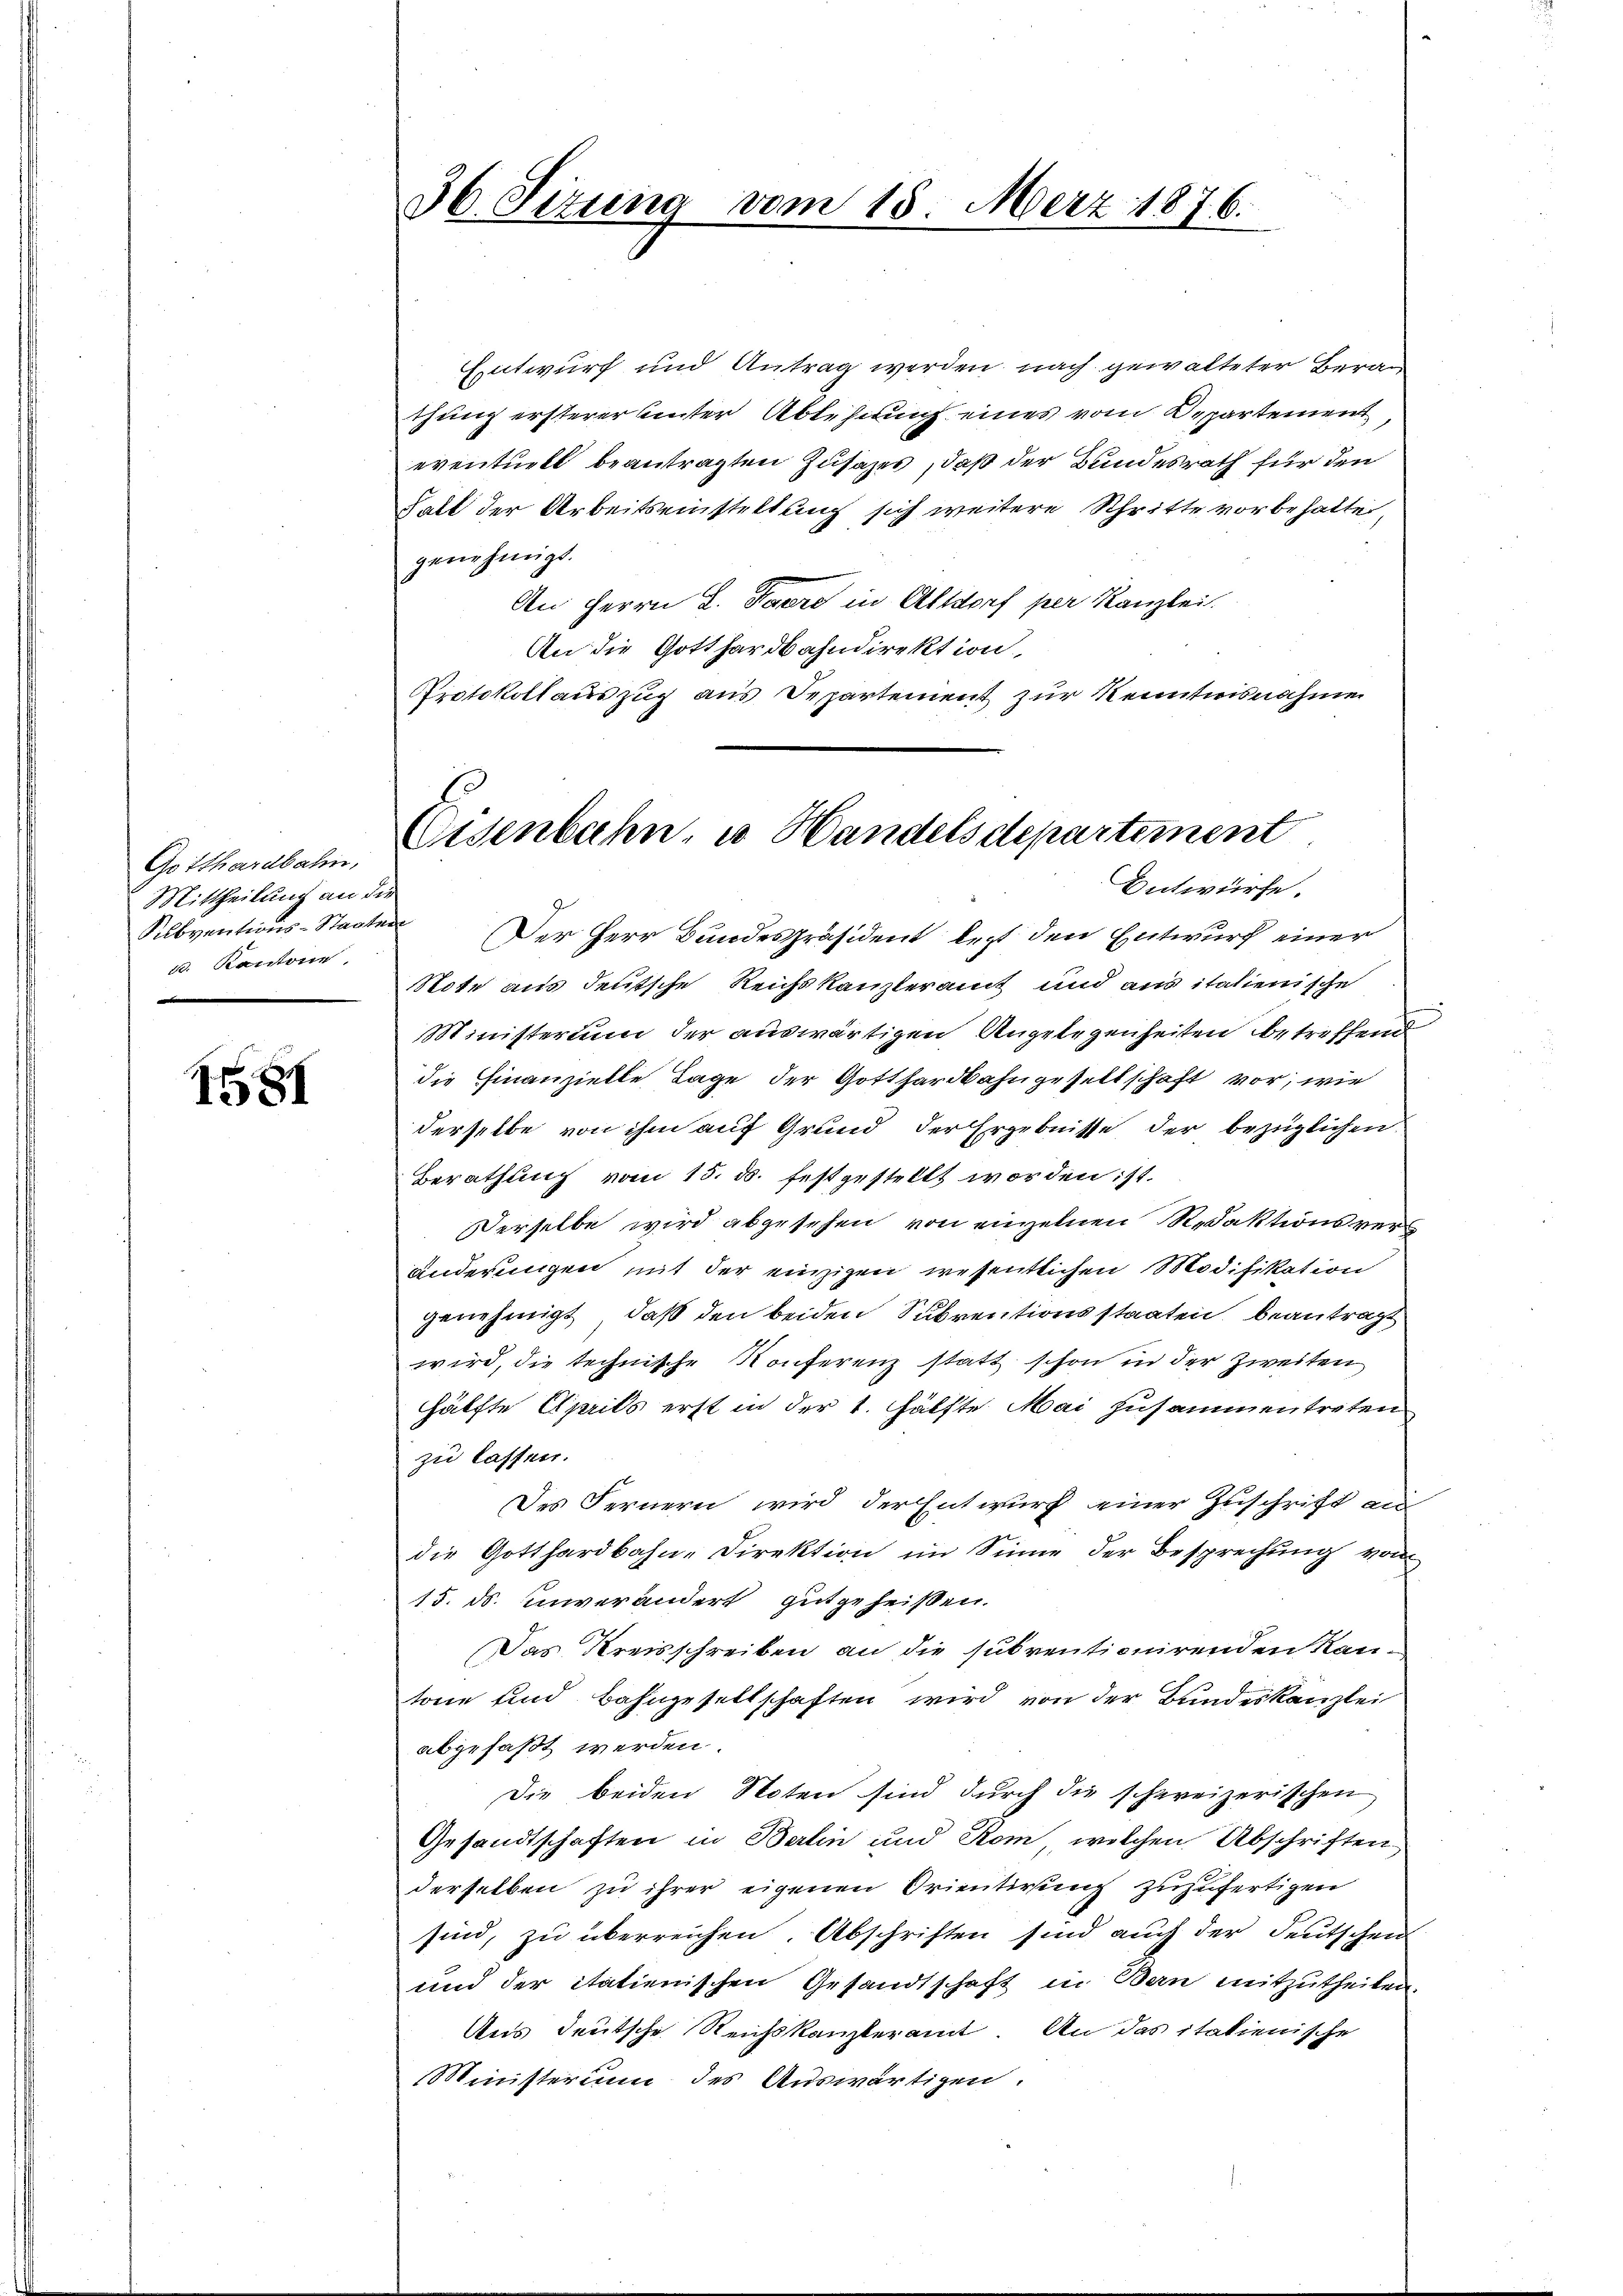
Gotthardbahn,
Mittheilung an die
Subventions-Staate.
d. Kantone
e

1581

Entwurf und Antrag werden, nach gewalteter Berathung ersterer unter Ablehnung eines vom Departement
eventuell beantragten Zusazes, daß der Bundesrath für den
Falt der Arbeitseinstellung sich weitere Schritte vorbehalte
genehmigt.
An Herrn L. Peere in Altdorf per Kanzlei.
An die Gotthardbahndirektion
Protokollauszug aus Departement zur Kenntnisnahme

36. Sizung vom 18. März 1876.

Eisenbahn, es Handels departement
Entwürfe.

re
Der Herr Bundespräsident letzt den Entwurf einer
Note aus deutsche Reichskanzleramt und aus italienische
Ministerium der auswärtigen Angelegenheiten betreffend
die Finanzielle Tage der Gotthardbahngesellschaft vor, wie
derselbe von ihm auf Grund der Ergebnisse der bezüglichen
Berathung vom 15. ds. festgestellt worden ist.
Derselbe wird abgesehen von einzelnen Redaktionsvers
änderungen mit der einzigen wesentlichen Modifikation
genehmigt, daß den beiden Subventionsstaaten, beantragt
wird, die technische Konferenz statt schon in der Zweiten
hälfte Aprils erst in der 1. Hälfte Mai zusammentreten
zu lassen.
Des Fernern wird der Entwurf einer Zuschrift an
die Gotthardbahn-Direktion im Sinne der Besprechung von
15. ds. unverändert gutgeheißen.
Das Kreisschreiben an die subventionirenden Kantone und Bahngesellschaften wird von der Bundeskanzlei
abgefaßt werden.
Die beiden Noten sind durch die schweizerischen
Gesandtschaften in Berlin und Rom, welchen Abschriften
derselben zu ihrer eigenen Orientirung zuzufertigen
sind, zu überreichen. Abschriften sind auch der deutschen
und der italienischen Gesandtschaft in Bern mitzutheilen.
Aus deutsche Reichskanzleramt. An das italienische
Ministerium des Auswärtigen.